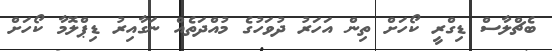
ބެޗްލާސް ޑިގްރީ ކޯހަށް ތިން އަހަރު ދުވަހުގެ މުއްދަތެއް ނަގާއިރު ޑިޕްލޮމާ ކޯހަށް